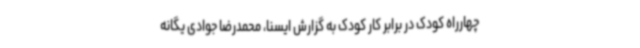
چهارراه کودک در برابر کار کودک به گزارش ایسنا، محمدرضا جوادی یگانه